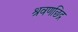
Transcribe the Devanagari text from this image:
श्रवणछिद्र